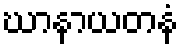
ဃာနာယတနံ